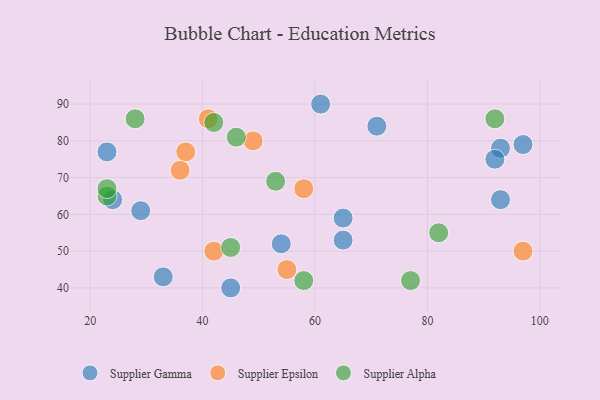
{"axis": {"x": "GDP", "y": "Life Expectancy"}, "legend": ["Supplier Alpha", "Supplier Epsilon", "Supplier Gamma"], "data": [{"x": "24", "y": 64, "type": "Supplier Gamma"}, {"x": "65", "y": 53, "type": "Supplier Gamma"}, {"x": "65", "y": 59, "type": "Supplier Gamma"}, {"x": "97", "y": 79, "type": "Supplier Gamma"}, {"x": "71", "y": 84, "type": "Supplier Gamma"}, {"x": "93", "y": 64, "type": "Supplier Gamma"}, {"x": "23", "y": 77, "type": "Supplier Gamma"}, {"x": "29", "y": 61, "type": "Supplier Gamma"}, {"x": "54", "y": 52, "type": "Supplier Gamma"}, {"x": "93", "y": 78, "type": "Supplier Gamma"}, {"x": "45", "y": 40, "type": "Supplier Gamma"}, {"x": "33", "y": 43, "type": "Supplier Gamma"}, {"x": "61", "y": 90, "type": "Supplier Gamma"}, {"x": "92", "y": 75, "type": "Supplier Gamma"}, {"x": "42", "y": 50, "type": "Supplier Epsilon"}, {"x": "37", "y": 77, "type": "Supplier Epsilon"}, {"x": "36", "y": 72, "type": "Supplier Epsilon"}, {"x": "55", "y": 45, "type": "Supplier Epsilon"}, {"x": "49", "y": 80, "type": "Supplier Epsilon"}, {"x": "41", "y": 86, "type": "Supplier Epsilon"}, {"x": "58", "y": 67, "type": "Supplier Epsilon"}, {"x": "97", "y": 50, "type": "Supplier Epsilon"}, {"x": "82", "y": 55, "type": "Supplier Alpha"}, {"x": "92", "y": 86, "type": "Supplier Alpha"}, {"x": "28", "y": 86, "type": "Supplier Alpha"}, {"x": "45", "y": 51, "type": "Supplier Alpha"}, {"x": "46", "y": 81, "type": "Supplier Alpha"}, {"x": "23", "y": 65, "type": "Supplier Alpha"}, {"x": "23", "y": 67, "type": "Supplier Alpha"}, {"x": "53", "y": 69, "type": "Supplier Alpha"}, {"x": "58", "y": 42, "type": "Supplier Alpha"}, {"x": "42", "y": 85, "type": "Supplier Alpha"}, {"x": "77", "y": 42, "type": "Supplier Alpha"}]}